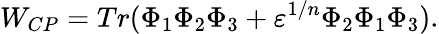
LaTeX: W_{CP}=Tr(\Phi_{1}\Phi_{2}\Phi_{3}+\varepsilon^{1/n}\Phi_{2}\Phi_{1}\Phi_{3}).